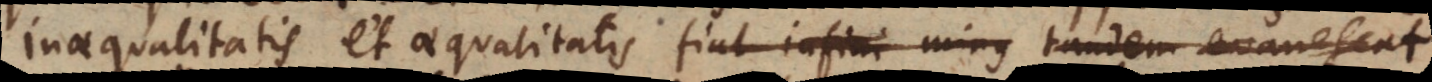
inaequalitatis et aequalitatis fiat infini minus tandem evanescat